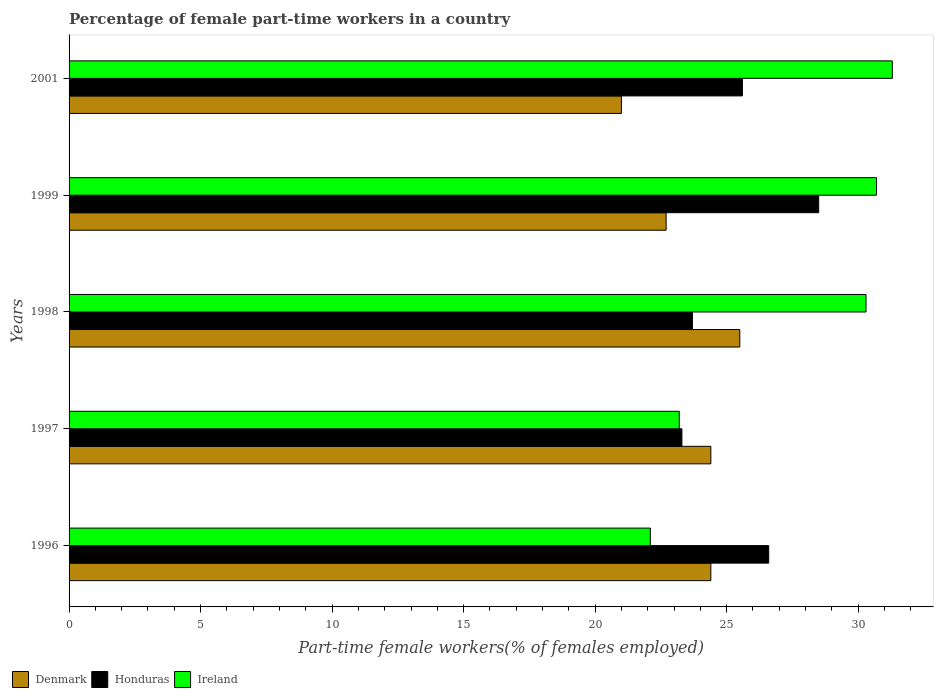
| Years | Denmark | Honduras | Ireland |
 | --- | --- | --- | --- |
 | 1996 | 24.4 | 26.6 | 22.1 |
 | 1997 | 24.4 | 23.3 | 23.2 |
 | 1998 | 25.5 | 23.7 | 30.3 |
 | 1999 | 22.7 | 28.5 | 30.7 |
 | 2001 | 21 | 25.6 | 31.3 |